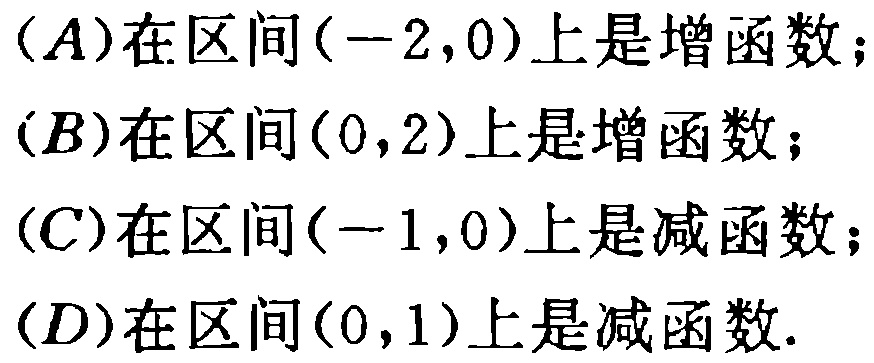
(A)在区间\((-2,0)\)上是增函数；
(B)在区间\((0,2)\)上是增函数；
(C)在区间\((-1,0)\)上是减函数；
(D)在区间\((0,1)\)上是减函数.